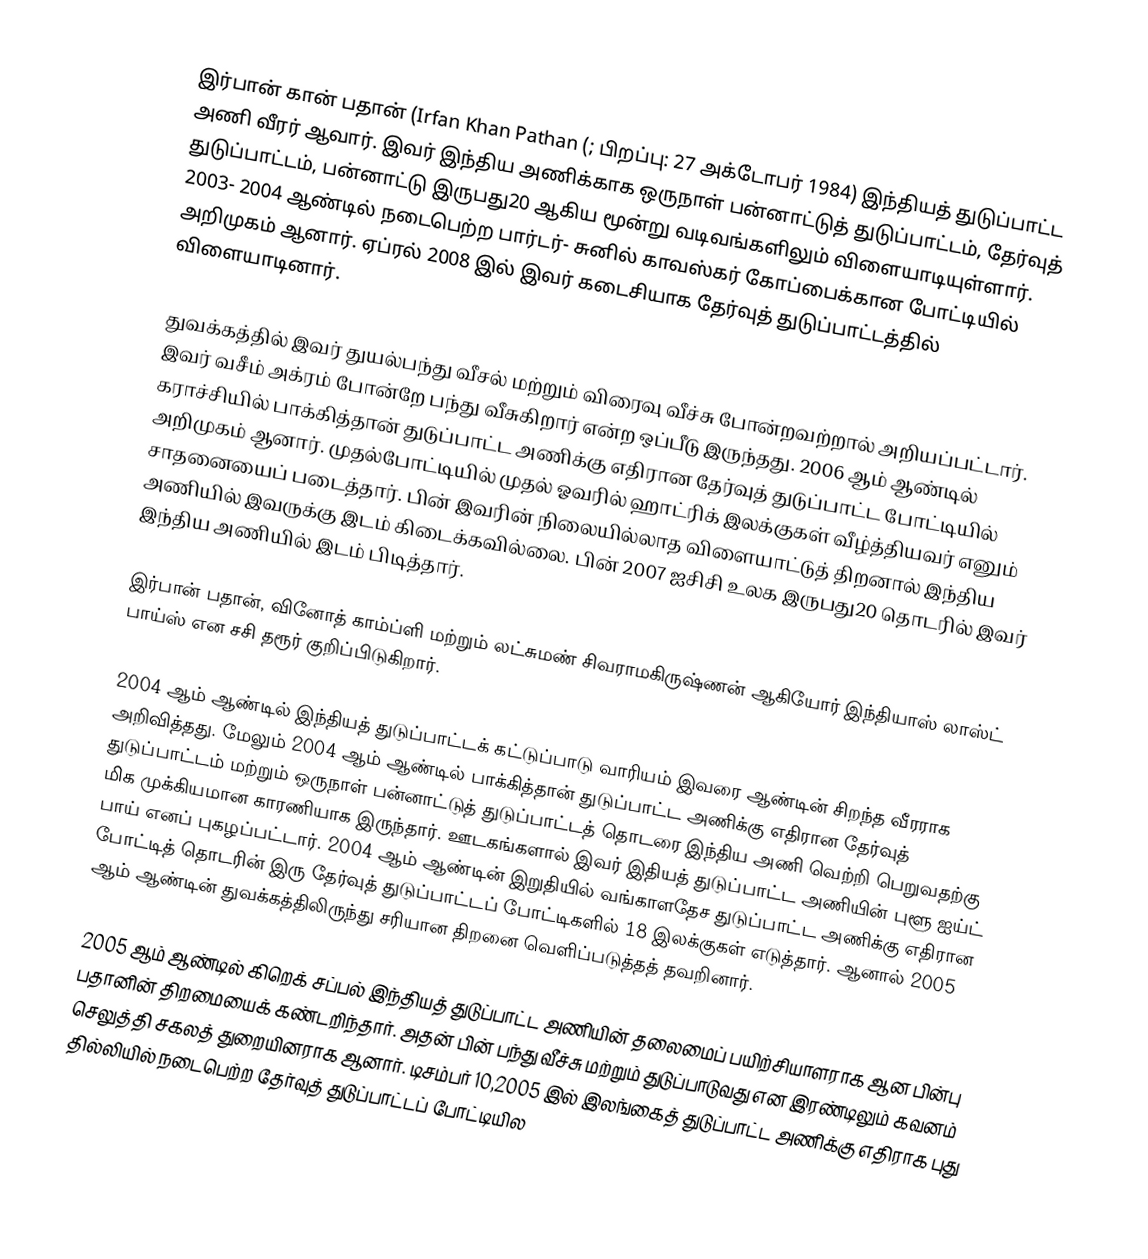
இர்பான் கான் பதான் (Irfan Khan Pathan (; பிறப்பு: 27 அக்டோபர் 1984) இந்தியத் துடுப்பாட்ட அணி வீரர் ஆவார். இவர் இந்திய அணிக்காக ஒருநாள் பன்னாட்டுத் துடுப்பாட்டம், தேர்வுத் துடுப்பாட்டம், பன்னாட்டு இருபது20 ஆகிய மூன்று வடிவங்களிலும் விளையாடியுள்ளார். 2003- 2004 ஆண்டில் நடைபெற்ற பார்டர்- சுனில் காவஸ்கர் கோப்பைக்கான போட்டியில் அறிமுகம் ஆனார். ஏப்ரல் 2008 இல் இவர் கடைசியாக தேர்வுத் துடுப்பாட்டத்தில் விளையாடினார்.

துவக்கத்தில் இவர் துயல்பந்து வீசல் மற்றும் விரைவு வீச்சு போன்றவற்றால் அறியப்பட்டார். இவர் வசீம் அக்ரம் போன்றே பந்து வீசுகிறார் என்ற ஒப்பீடு இருந்தது. 2006 ஆம் ஆண்டில் கராச்சியில் பாக்கித்தான் துடுப்பாட்ட அணிக்கு எதிரான தேர்வுத் துடுப்பாட்ட போட்டியில் அறிமுகம் ஆனார். முதல்போட்டியில் முதல் ஓவரில் ஹாட்ரிக் இலக்குகள் வீழ்த்தியவர் எனும் சாதனையைப் படைத்தார். பின் இவரின் நிலையில்லாத விளையாட்டுத் திறனால் இந்திய அணியில் இவருக்கு இடம் கிடைக்கவில்லை. பின்  2007 ஐசிசி உலக இருபது20 தொடரில் இவர் இந்திய அணியில் இடம் பிடித்தார்.

இர்பான் பதான், வினோத் காம்ப்ளி மற்றும் லட்சுமண் சிவராமகிருஷ்ணன் ஆகியோர் இந்தியாஸ் லாஸ்ட் பாய்ஸ் என சசி தரூர் குறிப்பிடுகிறார்.

2004 ஆம் ஆண்டில் இந்தியத் துடுப்பாட்டக் கட்டுப்பாடு வாரியம் இவரை ஆண்டின் சிறந்த வீரராக அறிவித்தது. மேலும் 2004 ஆம் ஆண்டில் பாக்கித்தான் துடுப்பாட்ட அணிக்கு எதிரான தேர்வுத் துடுப்பாட்டம் மற்றும் ஒருநாள் பன்னாட்டுத் துடுப்பாட்டத் தொடரை இந்திய அணி வெற்றி பெறுவதற்கு மிக முக்கியமான காரணியாக இருந்தார். ஊடகங்களால் இவர் இதியத் துடுப்பாட்ட அணியின்  புளூ ஐய்ட் பாய் எனப் புகழப்பட்டார். 2004 ஆம் ஆண்டின் இறுதியில் வங்காளதேச துடுப்பாட்ட அணிக்கு எதிரான போட்டித் தொடரின் இரு தேர்வுத் துடுப்பாட்டப் போட்டிகளில் 18 இலக்குகள் எடுத்தார். ஆனால் 2005 ஆம் ஆண்டின் துவக்கத்திலிருந்து சரியான திறனை வெளிப்படுத்தத் தவறினார்.

2005 ஆம் ஆண்டில் கிறெக் சப்பல் இந்தியத் துடுப்பாட்ட அணியின் தலைமைப் பயிற்சியாளராக ஆன பின்பு பதானின் திறமையைக் கண்டறிந்தார். அதன் பின் பந்து வீச்சு மற்றும் துடுப்பாடுவது என இரண்டிலும் கவனம் செலுத்தி சகலத் துறையினராக ஆனார். டிசம்பர் 10,2005 இல் இலங்கைத் துடுப்பாட்ட அணிக்கு எதிராக புது தில்லியில் நடைபெற்ற தேர்வுத் துடுப்பாட்டப் போட்டியில